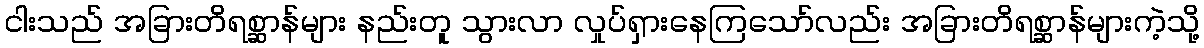
ငါးသည် အခြားတိရစ္ဆာန်များ နည်းတူ သွားလာ လှုပ်ရှားနေကြသော်လည်း အခြားတိရစ္ဆာန်များကဲ့သို့